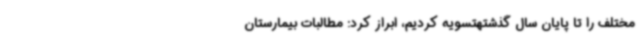
مختلف را تا پایان سال گذشتهتسویه کردیم، ابراز کرد: مطالبات بیمارستان